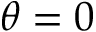
\theta = 0